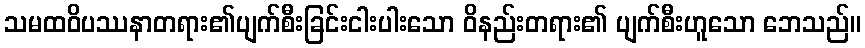
သမထဝိပဿနာတရား၏ပျက်စီးခြင်းငါးပါးသော ဝိနည်းတရား၏ ပျက်စီးဟူသော ဘေသည်။